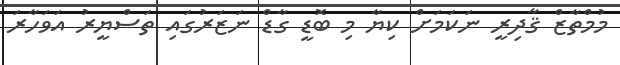
މުމްތާޒް ޤާދިރީ ނަކަމަށް ކިޔާ މި ބޮޑީ ގާޑް ނަޒަރުގައި ތަސްޔީރު އަވަހާރަ